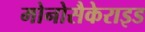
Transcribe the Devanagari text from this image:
मोनोसैकेराइड